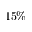
1 5 \%